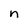
Character: n